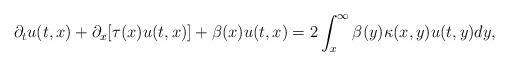
LaTeX: \begin{align*}\partial_tu(t,x)+\partial_x[\tau(x)u(t,x)]+\beta(x)u(t,x)=2\int_x^\infty\beta(y)\kappa(x,y)u(t,y)dy,\end{align*}